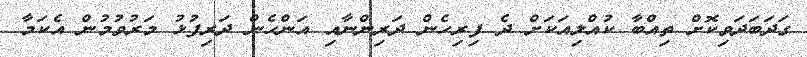
ގަދަބަދަވިކޮށް ތިއްބާ ކުއްލިއަކަށް ދެ ފިރިހެން ދަރިންނާއި އަންހެން ދަރިފުޅު މަރުވުމުން އެކަމާ